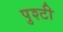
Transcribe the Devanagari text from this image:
पुश्टी